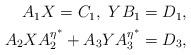
LaTeX: \begin{align*}\begin{aligned}A_1X=C_1,\ YB_1=D_1,\\A_2XA_{2}^{\eta^{\ast}}+A_3YA_{3}^{\eta^{\ast}}=D_3,\end{aligned}\end{align*}